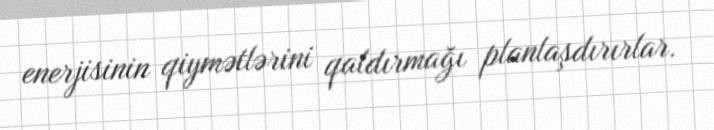
enerjisinin qiymətlərini qaldırmağı planlaşdırırlar.